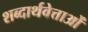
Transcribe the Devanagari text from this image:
शब्दार्थवेत्ताओं